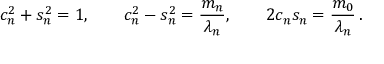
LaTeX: c _ { n } ^ { 2 } + s _ { n } ^ { 2 } = 1 , \qquad c _ { n } ^ { 2 } - s _ { n } ^ { 2 } = \frac { m _ { n } } { \lambda _ { n } } , \qquad 2 c _ { n } s _ { n } = \frac { m _ { 0 } } { \lambda _ { n } } \, .